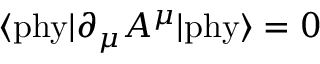
\langle \mathrm { p h y } | \partial _ { \mu } A ^ { \mu } | \mathrm { p h y } \rangle = 0